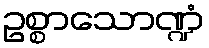
ဥစ္စာသောဏ္ဍံ